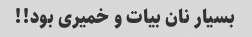
بسیار نان بیات ‌و خمیری بود!!